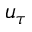
u _ { \tau }